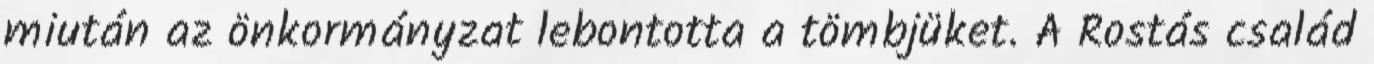
miután az önkormányzat lebontotta a tömbjüket. A Rostás család